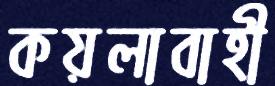
কয়লাবাহী